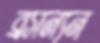
ব্রসন্যন